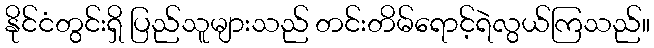
နိုင်ငံတွင်းရှိ ပြည်သူများသည် တင်းတိမ်ရောင့်ရဲလွယ်ကြသည်။